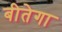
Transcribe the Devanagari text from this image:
बीतेगा